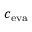
c _ { \mathrm { e v a } }